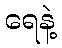
ရေနဲ့